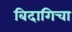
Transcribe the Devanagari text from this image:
बिदागिचा